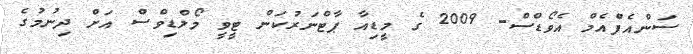
ސަންއެފްއެމް އެވޯޑްސް- 2009 ގެ މީޑިއާ ޕާޓްނަރުކަން ޓީވީ މޯލްޑިވްސް އަށް ދިނުމުގެ